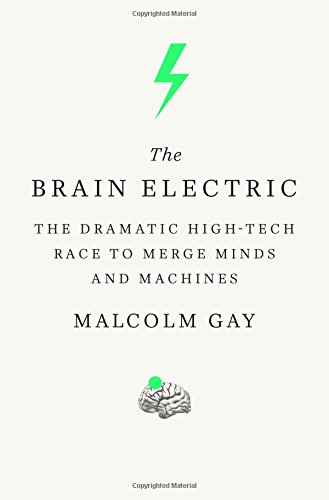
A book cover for The Brain Electric: The Dramatic High-Tech Race to Merge Minds and Machines; Malcolm Gay; Computers & Technology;